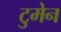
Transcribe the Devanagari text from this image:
टुमेन